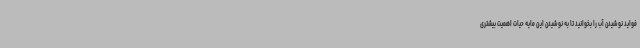
فواید نوشیدن آب را بخوانید تا به نوشیدن این مایه حیات اهمیت بیشتری